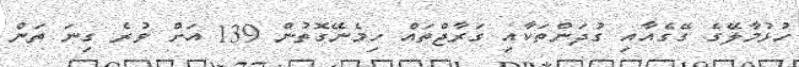
ހުޅުމާލޭގެ ގޭގެއާއި ގުދަންތަކާއި ގަރާޖްތައް ހިމެނޭގޮތުން 139 އަށް ވުރެ ގިނަ ތަން